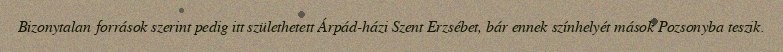
Bizonytalan források szerint pedig itt születhetett Árpád-házi Szent Erzsébet, bár ennek színhelyét mások Pozsonyba teszik.